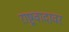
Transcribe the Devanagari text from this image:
राष्ट्रवादावर